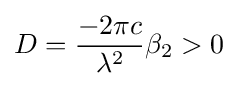
D={\frac {-2\pi c}{\lambda ^{2}}}\beta _{2}>0